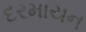
દરમાયન